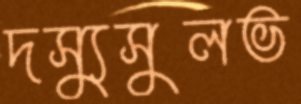
দস্যুসুলভ